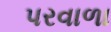
પરવાળા